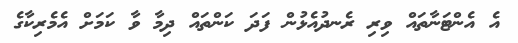
އެ އެންޓަނާތައް ވިރި ރެނދުއެޅުން ފަދަ ކަންތައް ދިމާ ވާ ކަމަށް އެމެރިކާގެ